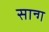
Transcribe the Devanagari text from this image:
सान्ग